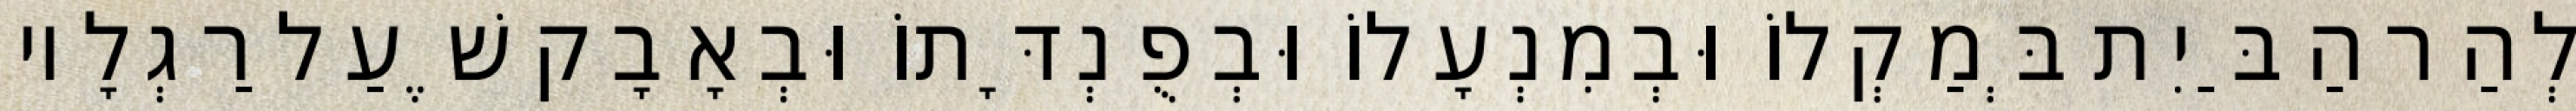
לְהַר הַבַּיִת בְּמַקְלוֹ וּבְמִנְעָלוֹ וּבְפֻנְדָּתוֹ וּבְאָבָק שֶׁעַל רַגְלָיו